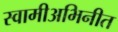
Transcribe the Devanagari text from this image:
स्वामीअभिनीत